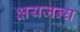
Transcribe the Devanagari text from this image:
क्षयजन्य